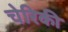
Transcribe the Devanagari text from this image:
चेरिकी